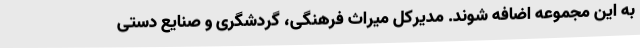
به این مجموعه اضافه شوند. مدیرکل میراث فرهنگی، گردشگری و صنایع دستی